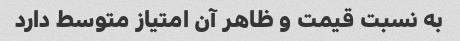
به نسبت قیمت و ظاهر آن امتیاز متوسط دارد